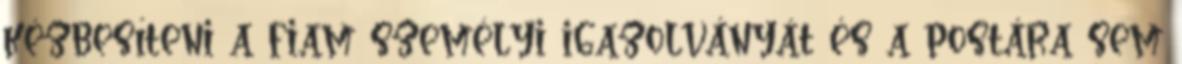
kézbesíteni a fiam személyi igazolványát és a postára sem